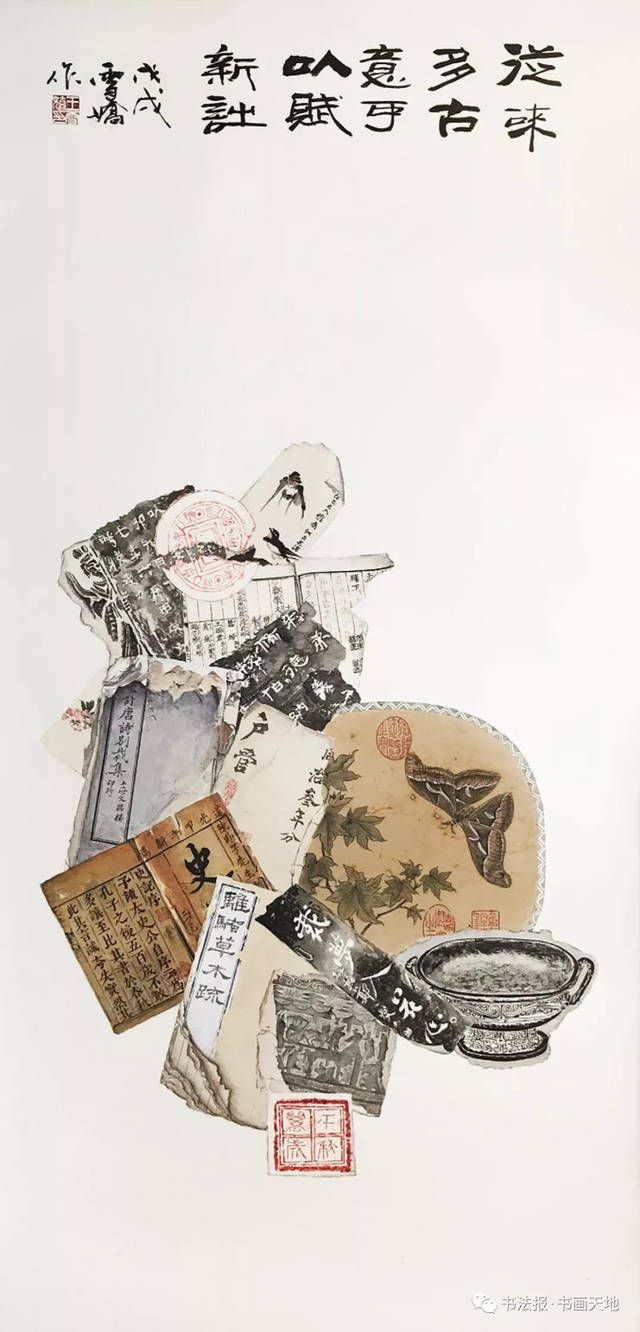
三杯吐然诺，五岳倒为轻。